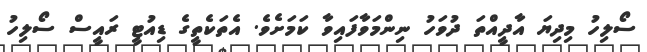
ސޯލިހު މިދިޔަ އާދީއްތަ ދުވަހު ނިންމަވާފައިވާ ކަމަށެވެ. އެތަކެތީގެ ޑިއުޓީ ރައީސް ސޯލިހު